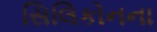
સિલિકોનના